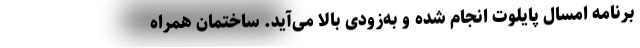
برنامه امسال پایلوت انجام شده و به‌زودی بالا می‌آید. ساختمان همراه